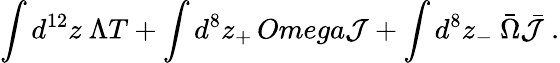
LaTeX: \int d^{12}z\ \Lambda T+\int d^{8}z_{+}\, Omega{\cal J}+\int d^{8}z_{-}\ {\bar{\Omega}}{\bar{\cal J}}\ .